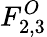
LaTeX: F_{2,3}^{O}